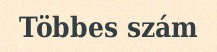
Többes szám